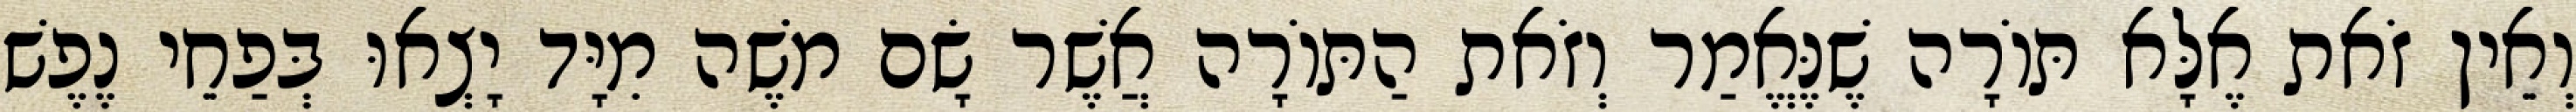
וְאֵין זֹאת אֶלָּא תּוֹרָה שֶׁנֶּאֱמַר וְזֹאת הַתּוֹרָה אֲשֶׁר שָׂם מֹשֶׁה מִיָּד יָצְאוּ בְּפַחֵי נֶפֶשׁ